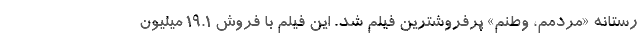
رستانه «مردمم، وطنم» پرفروشترین فیلم شد. این فیلم با فروش 19.1 میلیون